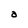
Character: a